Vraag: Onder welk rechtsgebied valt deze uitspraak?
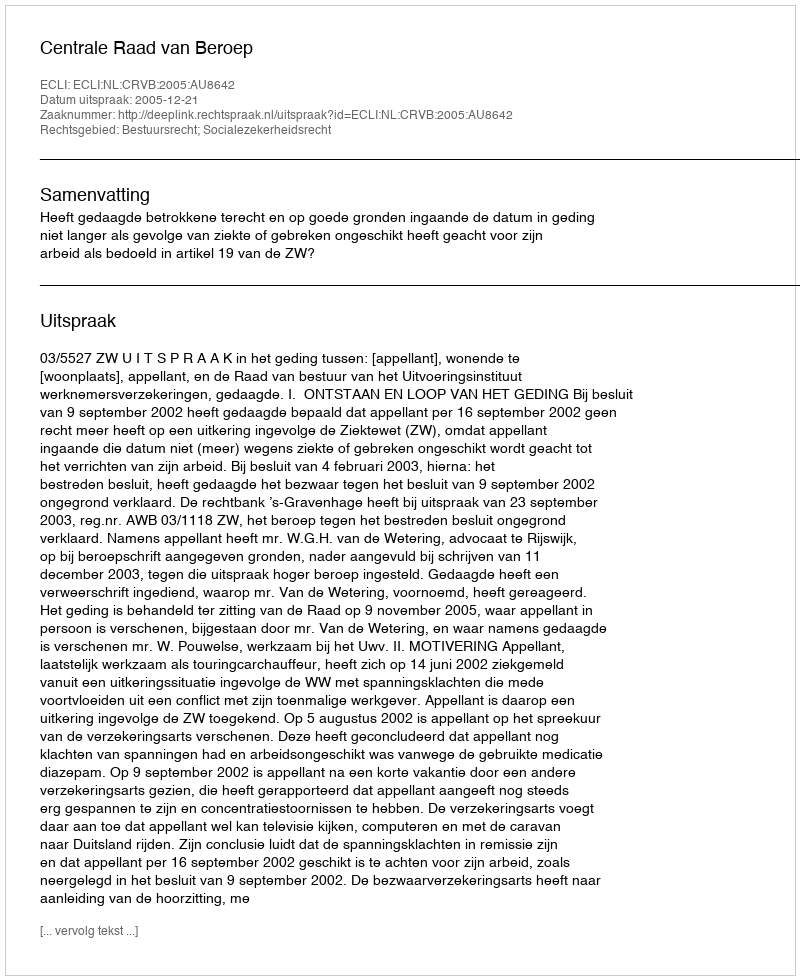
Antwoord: Bestuursrecht; Socialezekerheidsrecht